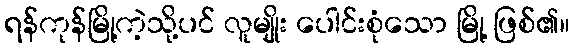
ရန်ကုန်မြို့ကဲ့သို့ပင် လူမျိုး ပေါင်းစုံသော မြို့ ဖြစ်၏။